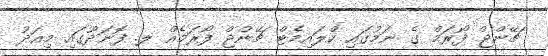
ޗޭންޖް ފޯރަމް ގެ ނަމުގައި ކްލައިމެޓް ޗޭންޖް ފޯރަމެއް ލ. ފޮނަދޫގައި މިއަދު